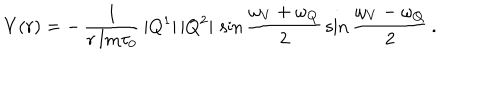
V ( r ) = - \, \frac { 1 } { r \, \mathrm { I m } \tau _ { 0 } } \, | Q ^ { 1 } | \, | Q ^ { 2 } | \, \sin \frac { \omega _ { V } + \omega _ { Q } } { 2 } \, \sin \frac { \omega _ { V } - \omega _ { Q } } { 2 } \, .